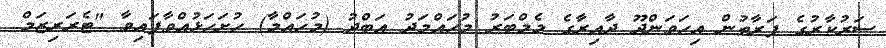
ސަރުކާރުގެ ފަރާތުން އިހަވަންދޫ ދާއިރާގެ މެމްބަރު މުހައްމަދު އަބްދު (މުހައްމާ) ހުށަހަޅުއްވާފައިވާ "ޓެރަރިޒަމް